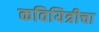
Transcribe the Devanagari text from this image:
कवियित्रीचा